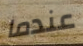
عندما